Civil Veterinary Dept. Bombay admin report 1907-1913 - 1907-1913
Year: 1907
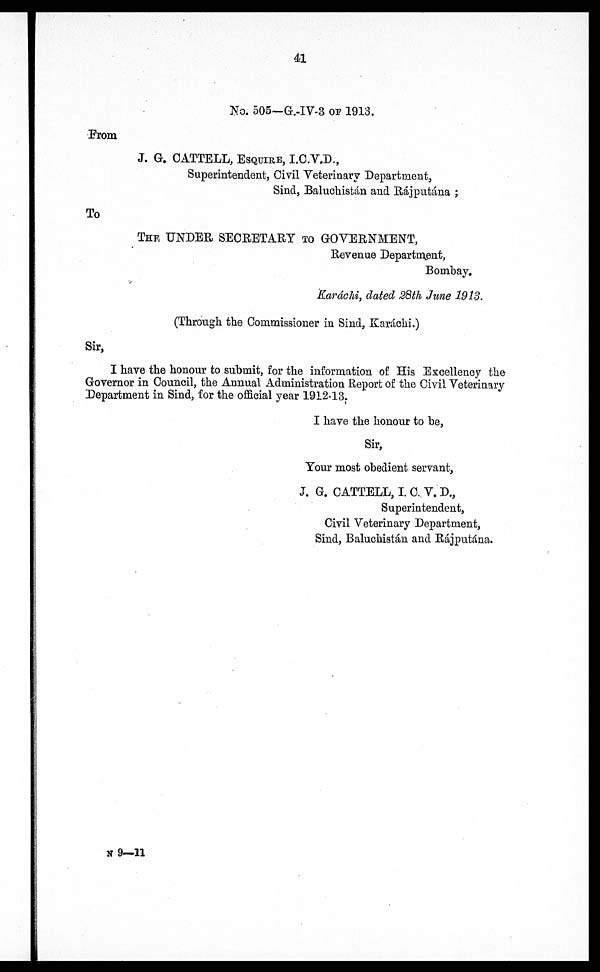
41
No. 505-G.-IV-3 OF 1913.
From
J. G. CATTELL, ESQUIRE, I.C.V.D.,
Superintendent, Civil Veterinary Department,
Sind, Baluchistán and Rájputána ;
To
THE UNDER SECRETARY TO GOVERNMENT,
Revenue Department,
Bombay.
Karáchi, dated 28th June 1913.
(Through the Commissioner in Sind, Karáchi.)
Sir,
I have the honour to submit, for the information of His Excellency the
Governor in Council, the Annual Administration Report of the Civil Veterinary
Department in Sind, for the official year 1912-13.
I have the honour to be,
Sir,
Your most obedient servant,
J. G. CATTELL, I. C. V. D.,
Superintendent,
Civil Veterinary Department,
Sind, Baluchistán and Rájputána.